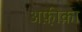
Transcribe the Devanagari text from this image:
अफ़ी़क़ा